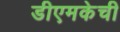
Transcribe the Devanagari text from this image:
डीएमकेची